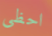
احظى